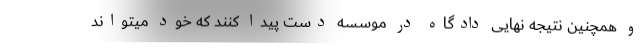
و همچنین نتیجه نهایی دادگاه در موسسه دست پیدا کنند که خود میتواند